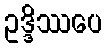
ဥဒ္ဒိဿပေ